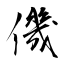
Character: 僟